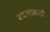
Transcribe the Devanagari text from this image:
बदलासाठी